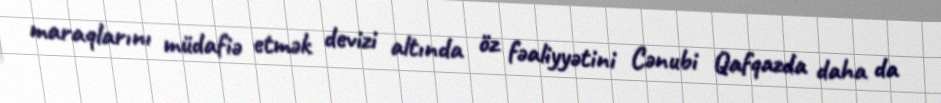
maraqlarını müdafiə etmək devizi altında öz fəaliyyətini Cənubi Qafqazda daha da